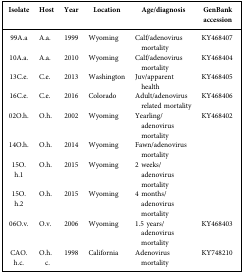
| Isolate | Host | Year | Location | Age/diagnosis | GenBank accession |
 | --- | --- | --- | --- | --- | --- |
 | 99A.a | A.a. | 1999 | Wyoming | Calf/adenovirus mortality | KY468407 |
 | 10A.a. | A.a. | 2010 | Wyoming | Calf/adenovirus mortality | KY468404 |
 | 13C.e. | C.e. | 2013 | Washington | Juv/apparent health | KY468405 |
 | 16C.e. | C.e. | 2016 | Colorado | Adult/adenovirus related mortality | KY468406 |
 | 02O.h. | O.h. | 2002 | Wyoming | Yearling/adenovirus mortality | KY468402 |
 | 14O.h. | O.h. | 2014 | Wyoming | Fawn/adenovirus mortality |  |
 | 15O.h.1 | O.h. | 2015 | Wyoming | 2 weeks/adenovirus mortality |  |
 | 15O.h.2 | O.h. | 2015 | Wyoming | 4 months/adenovirus mortality |  |
 | 06O.v. | O.v. | 2006 | Wyoming | 1.5 years/adenovirus mortality | KY468403 |
 | CAO.h.c. | O.h.c. | 1998 | California | Adenovirus mortality | KY748210 |